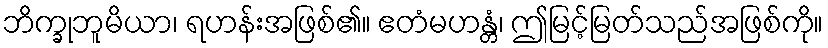
ဘိက္ခုဘူမိယာ၊ ရဟန်းအဖြစ်၏။ ဧတံမဟန္တံ၊ ဤမြင့်မြတ်သည်အဖြစ်ကို။